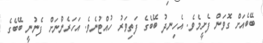
ބޭބެއަށް ގޮވަން ފެށީމެވެ. އެހިނދު ބޭބެގެ ފަތިވަރު ހުއްޓުނެވެ. އަހަރެންނަށް ފެނުނީ ބޭބެގެ